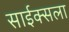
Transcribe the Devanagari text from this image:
साईक्सला